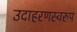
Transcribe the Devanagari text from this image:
उदाहरणस्‍वरुप